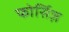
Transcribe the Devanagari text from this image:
फोर्सिज़